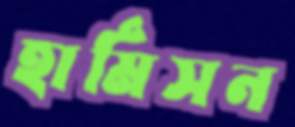
হার্মিসন